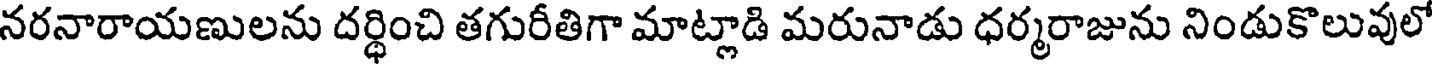
నరనారాయణులను దర్థించి తగురీతిగా మాట్లాడి మరునాడు ధర్మరాజును నిండుకొలువులో